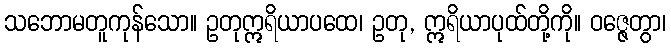
သဘောမတူကုန်သော။ ဥတုဣရိယာပထေ၊ ဥတု, ဣရိယာပုထ်တို့ကို။ ဝဇ္ဇေတွာ၊